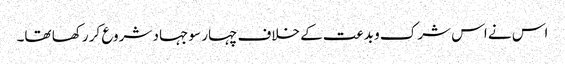
اس نے اس شرک و بدعت کے خلاف چہار سو جہاد شروع کر رکھا تھا۔